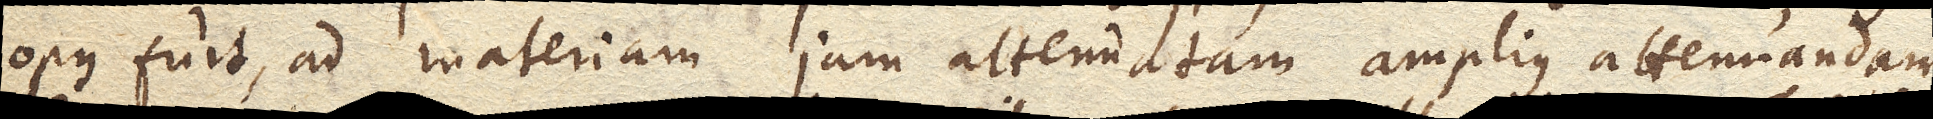
opus fuit, ad materiam jam attenuatam amplius attenuandam.